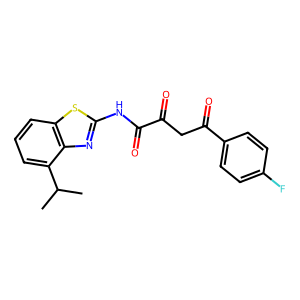
SMILES: CC(C)c1cccc2sc(NC(=O)C(=O)CC(=O)c3ccc(F)cc3)nc12
Inhibits HIV replication: No